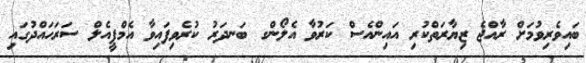
ބައިވެރިވުމަށް ރާއްޖެ ޒިޔާރަތްކުރި އައިންއެސް ކަރުވާ އެލޯންގ ބަނދަރު ކުރެވިފައިވާ އެމްޕީއެލް ސަރަހައްދުގައި